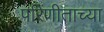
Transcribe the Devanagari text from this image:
परिणीताच्या